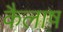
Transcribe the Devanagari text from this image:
कैलाष